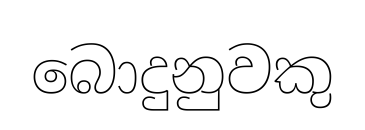
බොදුනුවකු